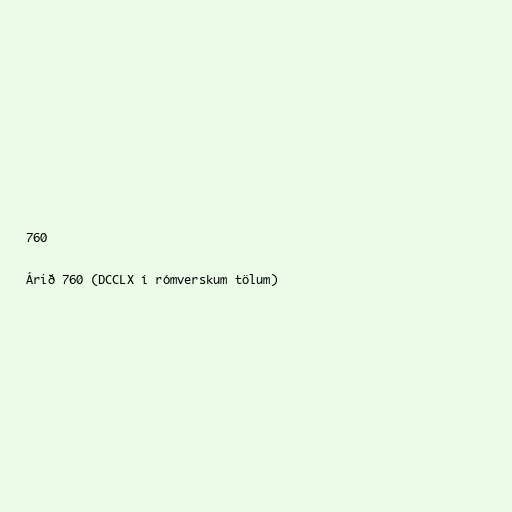
760

Árið 760 (DCCLX í rómverskum tölum)